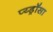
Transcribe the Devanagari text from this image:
प्य्ड्रॉसा